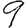
Digit: 9